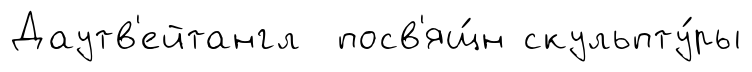
Даутв'ейтангл посв'ящ́н скульпту́ры